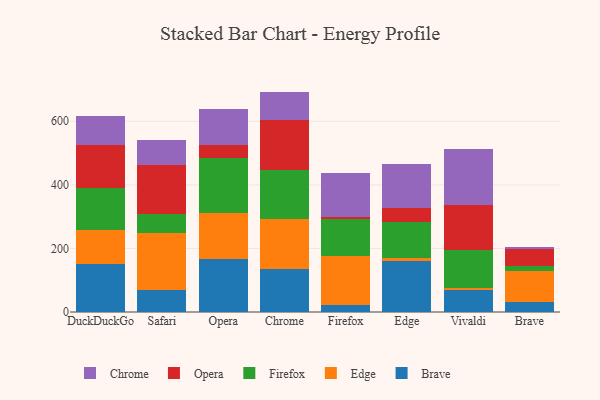
{"axis": {"x": "Browser", "y": "Market Share (%)"}, "legend": ["Brave", "Chrome", "Edge", "Firefox", "Opera"], "data": [{"x": "DuckDuckGo", "y": 151.8, "type": "Brave"}, {"x": "DuckDuckGo", "y": 107.0, "type": "Edge"}, {"x": "DuckDuckGo", "y": 130.9, "type": "Firefox"}, {"x": "DuckDuckGo", "y": 136.1, "type": "Opera"}, {"x": "DuckDuckGo", "y": 90.8, "type": "Chrome"}, {"x": "Safari", "y": 70.7, "type": "Brave"}, {"x": "Safari", "y": 176.9, "type": "Edge"}, {"x": "Safari", "y": 59.6, "type": "Firefox"}, {"x": "Safari", "y": 156.1, "type": "Opera"}, {"x": "Safari", "y": 78.6, "type": "Chrome"}, {"x": "Opera", "y": 166.4, "type": "Brave"}, {"x": "Opera", "y": 146.0, "type": "Edge"}, {"x": "Opera", "y": 172.1, "type": "Firefox"}, {"x": "Opera", "y": 39.6, "type": "Opera"}, {"x": "Opera", "y": 113.3, "type": "Chrome"}, {"x": "Chrome", "y": 136.5, "type": "Brave"}, {"x": "Chrome", "y": 154.8, "type": "Edge"}, {"x": "Chrome", "y": 156.8, "type": "Firefox"}, {"x": "Chrome", "y": 154.5, "type": "Opera"}, {"x": "Chrome", "y": 90.8, "type": "Chrome"}, {"x": "Firefox", "y": 22.0, "type": "Brave"}, {"x": "Firefox", "y": 154.0, "type": "Edge"}, {"x": "Firefox", "y": 115.9, "type": "Firefox"}, {"x": "Firefox", "y": 7.6, "type": "Opera"}, {"x": "Firefox", "y": 139.0, "type": "Chrome"}, {"x": "Edge", "y": 160.0, "type": "Brave"}, {"x": "Edge", "y": 10.2, "type": "Edge"}, {"x": "Edge", "y": 111.6, "type": "Firefox"}, {"x": "Edge", "y": 44.8, "type": "Opera"}, {"x": "Edge", "y": 139.2, "type": "Chrome"}, {"x": "Vivaldi", "y": 69.9, "type": "Brave"}, {"x": "Vivaldi", "y": 5.4, "type": "Edge"}, {"x": "Vivaldi", "y": 120.2, "type": "Firefox"}, {"x": "Vivaldi", "y": 141.4, "type": "Opera"}, {"x": "Vivaldi", "y": 175.7, "type": "Chrome"}, {"x": "Brave", "y": 31.7, "type": "Brave"}, {"x": "Brave", "y": 98.7, "type": "Edge"}, {"x": "Brave", "y": 15.5, "type": "Firefox"}, {"x": "Brave", "y": 52.3, "type": "Opera"}, {"x": "Brave", "y": 6.3, "type": "Chrome"}]}